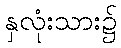
နှလုံးသား၌